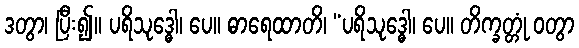
ဒတွာ၊ ပြီး၍။ ပရိသုဒ္ဓေါ၊ ပေ။ ဓာရေထာတိ၊ “ပရိသုဒ္ဓေါ၊ ပေ။ တိက္ခတ္တုံ ဝတွာ